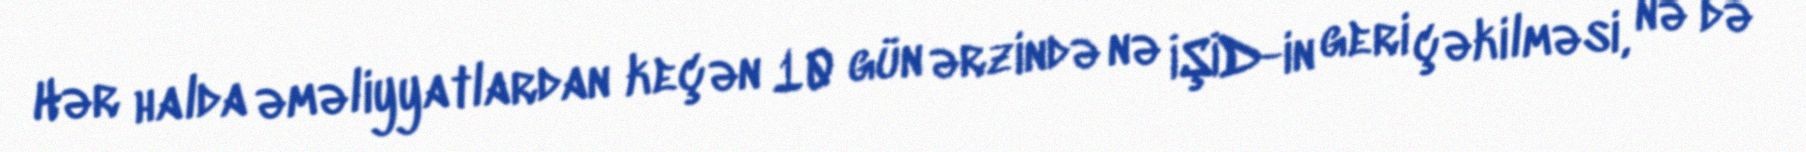
Hər halda əməliyyatlardan keçən 10 gün ərzində nə İŞİD-in geri çəkilməsi, nə də